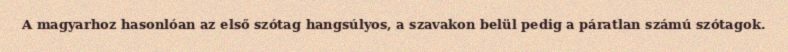
A magyarhoz hasonlóan az első szótag hangsúlyos, a szavakon belül pedig a páratlan számú szótagok.